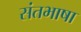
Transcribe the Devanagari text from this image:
संतभाषा